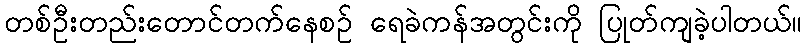
တစ်ဦးတည်းတောင်တက်နေစဉ် ရေခဲကန်အတွင်းကို ပြုတ်ကျခဲ့ပါတယ်။